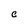
Character: C